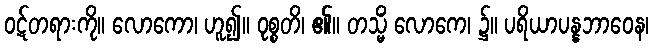
ဝဋ်တရားကို။ လောကော၊ ဟူ၍။ ဝုစ္စတိ၊ ၏။ တသ္မိံ လောကေ၊ ၌။ ပရိယာပန္နဘာဝေန၊